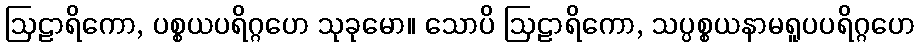
ဩဠာရိကော, ပစ္စယပရိဂ္ဂဟေ သုခုမော။ သောပိ ဩဠာရိကော, သပ္ပစ္စယနာမရူပပရိဂ္ဂဟေ